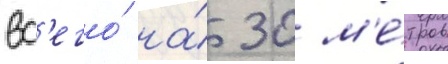
вс'его́ на́ 30 м'е́тров